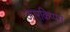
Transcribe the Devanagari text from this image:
आरकिप्पस